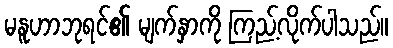
မနူဟာဘုရင်၏ မျက်နှာကို ကြည့်လိုက်ပါသည်။